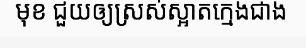
មុខ ជួយឲ្យស្រស់ស្អាតក្មេងជាង